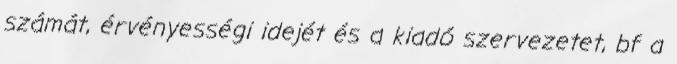
számát, érvényességi idejét és a kiadó szervezetet, bf a